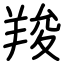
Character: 羧